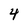
Character: 4